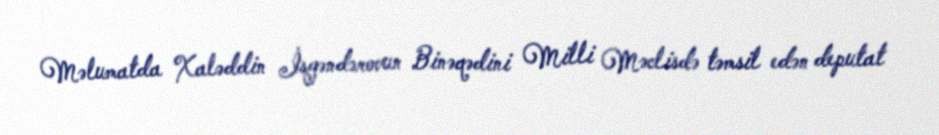
Məlumatda Xaləddin İsgəndərovun Binəqədini Milli Məclisdə təmsil edən deputat